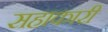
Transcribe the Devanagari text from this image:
सहाकारी